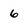
Character: 6